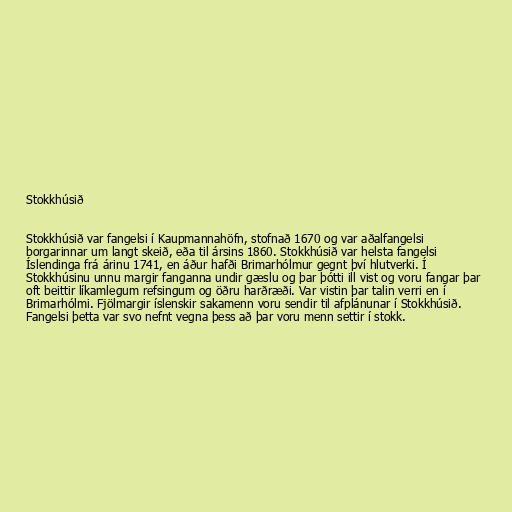
Stokkhúsið

Stokkhúsið var fangelsi í Kaupmannahöfn, stofnað 1670 og var aðalfangelsi
borgarinnar um langt skeið, eða til ársins 1860. Stokkhúsið var helsta fangelsi
Íslendinga frá árinu 1741, en áður hafði Brimarhólmur gegnt því hlutverki. Í
Stokkhúsinu unnu margir fanganna undir gæslu og þar þótti ill vist og voru fangar þar
oft beittir líkamlegum refsingum og öðru harðræði. Var vistin þar talin verri en í
Brimarhólmi. Fjölmargir íslenskir sakamenn voru sendir til afplánunar í Stokkhúsið.
Fangelsi þetta var svo nefnt vegna þess að þar voru menn settir í stokk.